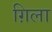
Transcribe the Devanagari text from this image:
ग़िला